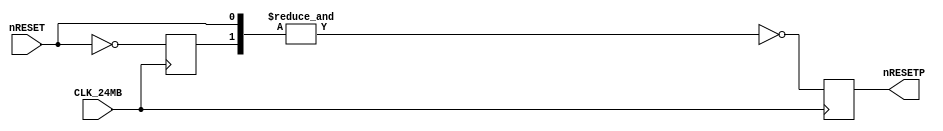
//============================================================================
//  SNK NeoGeo for MiSTer
//
//  Copyright (C) 2019 Sean 'Furrtek' Gonsalves
//
//  This program is free software; you can redistribute it and/or modify it
//  under the terms of the GNU General Public License as published by the Free
//  Software Foundation; either version 2 of the License, or (at your option)
//  any later version.
//
//  This program is distributed in the hope that it will be useful, but WITHOUT
//  ANY WARRANTY; without even the implied warranty of MERCHANTABILITY or
//  FITNESS FOR A PARTICULAR PURPOSE.  See the GNU General Public License for
//  more details.
//
//  You should have received a copy of the GNU General Public License along
//  with this program; if not, write to the Free Software Foundation, Inc.,
//  51 Franklin Street, Fifth Floor, Boston, MA 02110-1301 USA.
//============================================================================

// Version 0.6.0 Alpha
// Mazamars312 : Added the 6mhz clock to this so we can sync the LSCP to the PLL. 
// Also using the clk_sys to help in this for getting the sync right
// We also need to make sure that the CLK_1HB is Changing to low on the resetP turing high to keep the text 100%
// This should now give us a clock acurate system now

module resetp(
	input CLK_24MB,
	input nRESET,
	output reg nRESETP
);
	reg O49_nQ;
	// 24MB    ""__""__""__""__""__
	// nRESET  ____________""""""""
	// nRESETP """"""""""""""____""
	always @(posedge CLK_24MB)
	begin
		O49_nQ <= ~nRESET;
		nRESETP <= ~&{O49_nQ, nRESET};
	end
	
endmodule